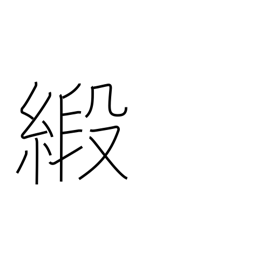
Meaning: damask